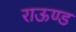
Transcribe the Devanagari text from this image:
राऊण्ड